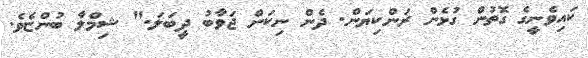
ކައިވެނީގެ ގޮތުން ގުޅެން ރަންކިޔަން. ދެން ނިކަން ޖަވާބު ދީބަލަ." ޝިމްލާ ބުންޏެވެ.